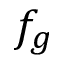
f _ { g }